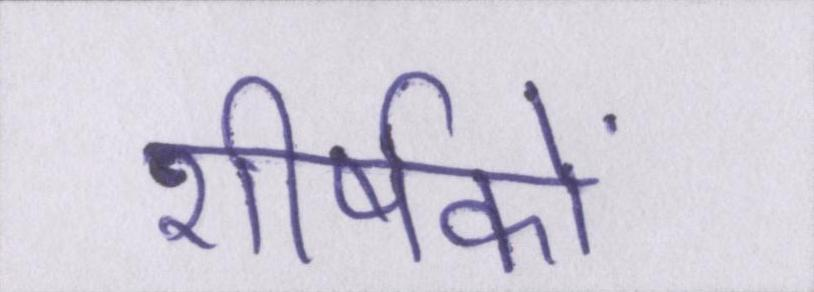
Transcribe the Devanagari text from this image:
शीर्षकों